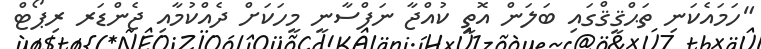
"ހަމައެކަނި ތަޙްޤީޤްގައި ބަލަން އޮތީ ކުއްޖާ ނަފްސާނީ މީހަކަށް ދެއްކުމާއި ޖެންޑަރ ރިޕޯޓް